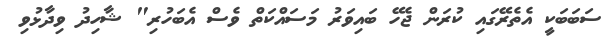
ސަބަބަކީ އެތެރޭގައި ކުރަން ޖެހޭ ބައިވަރު މަސައްކަތް ވެސް އެބަހުރި" ޝާހިދު ވިދާޅުވި